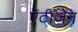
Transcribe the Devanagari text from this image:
ऐंटीजेन